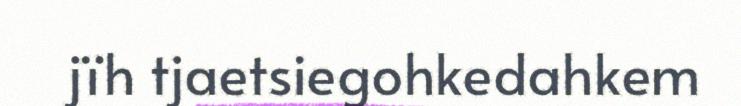
jïh tjaetsiegohkedahkem